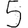
Digit: 5